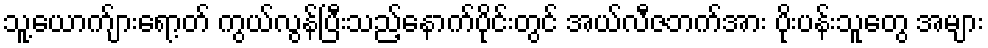
သူ့ယောက်ျားရော့တ် ကွယ်လွန်ပြီးသည့်နောက်ပိုင်းတွင် အယ်လီဇဘက်အား ပိုးပန်းသူတွေ အများ